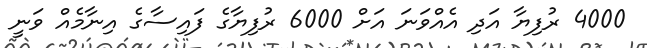
4000 ރުފިޔާ އަދި އެއްވަނަ އަށް 6000 ރުފިޔާގެ ފައިސާގެ އިނާމެއް ވަނީ